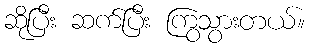
ဆိုပြီး ဆက်ပြီး ကြွသွားတယ်။